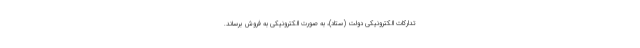
تدارکات الکترونیکی دولت (ستاد)، به صورت الکترونیکی به فروش برساند.